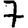
Digit: 7